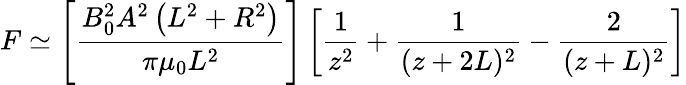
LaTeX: F\simeq\left[{\frac{B_{0}^{2}A^{2}\left(L^{2}+R^{2}\right)}{\pi\mu_{0}L^{2}}}\right]\left[{\frac{1}{z^{2}}}+{\frac{1}{(z+2L)^{2}}}-{\frac{2}{(z+L)^{2}}}\right]